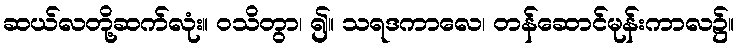
ဆယ်လတို့ဆက်လုံး။ ဝသိတွာ၊ ၍။ သရဒကာလေ၊ တန်ဆောင်မုန်းကာလ၌။